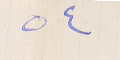
٥٤